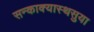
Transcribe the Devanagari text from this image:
सन्काक्यास्थसुया